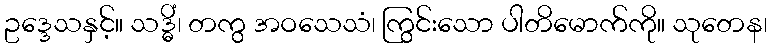
ဥဒ္ဒေသနှင့်။ သဒ္ဓိံ၊ တကွ အဝသေသံ၊ ကြွင်းသော ပါတိမောက်ကို။ သုတေန၊